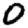
Digit: 0